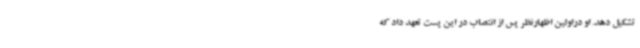
تشکیل دهد. او دراولین اظهارنظر پس از انتصاب در این پست تعهد داد که